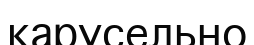
карусельно